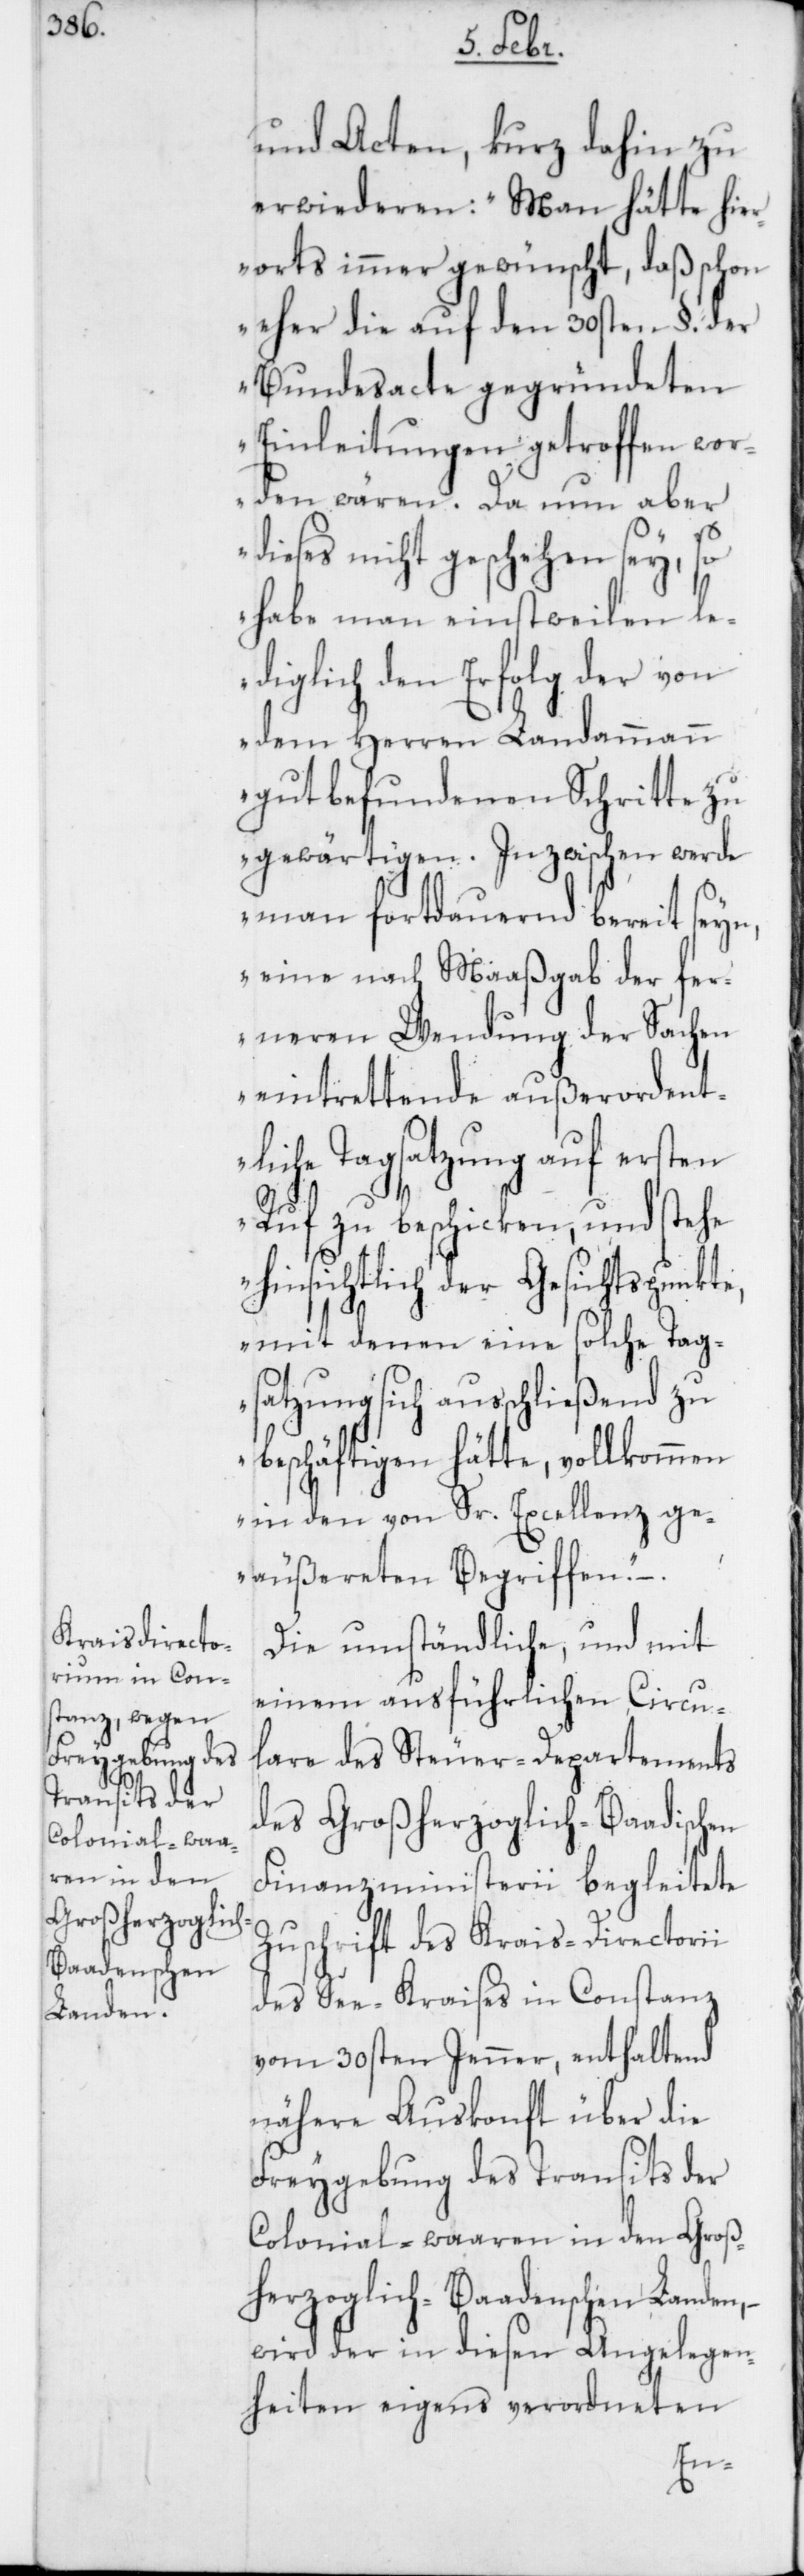
und Acten, kurz dahin zu
erwiederen: „Man hätte hier¬
orts immer gewünscht, daß schon
eher die auf den 30sten §. der
Bundesacte gegründeten
Einleitungen getroffen wor¬
den wären. Da nun aber d¬
ieses nicht geschehen sey, so
habe man einstweilen le¬
diglich den Erfolg der von
dem Herren Landammann
gut befundenen Schritte zu
gewärtigen. Inzwischen werde
man fortdauernd bereit seyn,
eine nach Maaßgab der fer¬
neren Wendung der Sachen
eintrettende außerordent¬
liche Tagsatzung auf ersten
Ruf zu beschicken, und stehe
hinsichtlich der Gesichtspunkte,
mit denen eine solche Tag¬
satzung sich ausschließend zu
beschäftigen hätte, vollkommen
in den von Sr. Excellenz ge¬
äußereten Begriffen.“ –.
Die umständliche, und mit
einem ausführlichen Circu¬
lare des Steuer-Departements
des Großherzoglich-Baadischen
Finanzministerii begleitete
Zuschrift des Krais-Directorii
des See-Kraises in Constanz
vom 30sten Jenner, enthaltend
nähere Auskonft über die
Freygebung des Transits der
Colonial-waaren in den Groß¬
herzoglich-Baadenschen Landen,
wird der in diesen Angelegen¬
heiten eigens verordneten